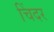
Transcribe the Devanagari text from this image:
चिंदर